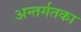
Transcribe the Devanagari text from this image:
अन्तर्गतका